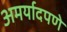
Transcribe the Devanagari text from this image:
अमर्यादपणे